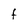
Character: F